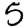
Digit: 5